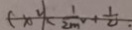
( x ^ { 2 } ) < \frac { 1 } { 2 m ^ { 2 } } + \frac { 1 } { 2 }